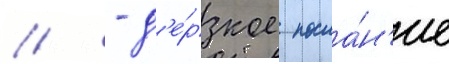
/ - д'е́рзкое посла́н'ие